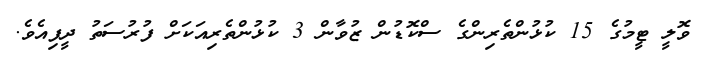
ވޮލީ ޓީމުގެ 15 ކުޅުންތެރިންގެ ސްކޮޑުން ޒުވާން 3 ކުޅުންތެރިއަކަށް ފުރުސަތު ދީފިއެވެ.